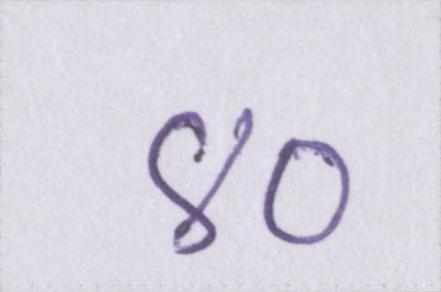
४०